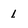
Character: 1